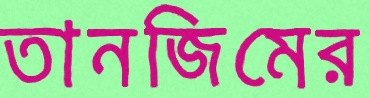
তানজিমের